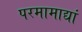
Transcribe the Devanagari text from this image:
परमामाद्यां